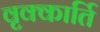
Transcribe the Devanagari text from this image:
वृक्कार्ति